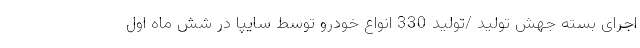
اجرای بسته جهش تولید /تولید 330 انواع خودرو توسط سایپا در شش ماه اول